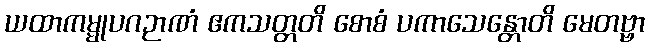
ယထာကမ္မုပဂဉာဏံ ဧကသတ္တတိ စောစံ ပကာသေန္တောတိ မေတဗ္ဗာ